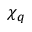
\chi _ { q }